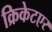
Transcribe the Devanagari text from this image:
क्रिकेटएर